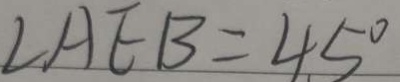
\angle A E B = 4 5 ^ { \circ }